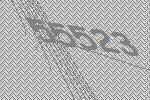
55523